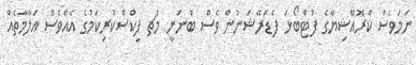
ނަމަވެސް ކްރޮއޭޝިޔާގެ ފުޓްބޯޅަ ފެޑަރޭޝަނުން ވެސް ބުނަނީ މެޗ ފިކްސްކުރިކަމުގެ އެއްވެސް އަލާމާތެއް